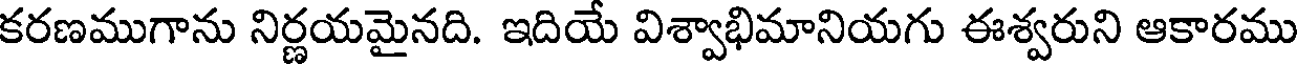
కరణముగాను నిర్ణయమైనది. ఇదియే విశ్వాభిమానియగు ఈశ్వరుని ఆకారము